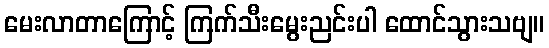
မေးလာတာကြောင့် ကြက်သီးမွေးညင်းပါ ထောင်သွားသဗျ။